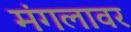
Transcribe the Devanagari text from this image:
मंगलावर